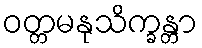
ဝတ္တမနုသိက္ခန္တာ